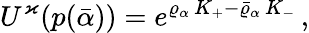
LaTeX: U^{\varkappa}(p(\bar{\alpha}))=e^{\varrho_{\alpha}\, K_{+}-\bar{\varrho}_{\alpha}\, K_{-}}\, ,